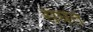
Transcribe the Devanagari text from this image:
संघत